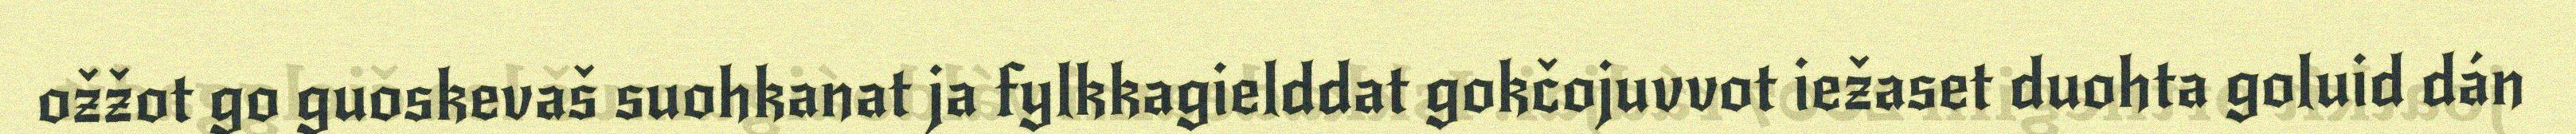
ožžot go guoskevaš suohkanat ja fylkkagielddat gokčojuvvot iežaset duohta goluid dán